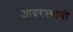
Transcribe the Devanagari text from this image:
आदरस्थानी